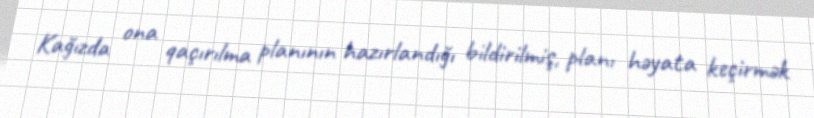
Kağızda ona qaçırılma planının hazırlandığı bildirilmiş, planı həyata keçirmək